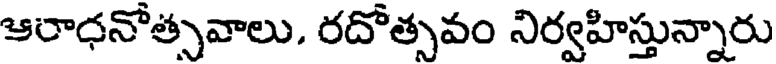
ఆరాధనోత్సవాలు. రదోత్సవం నిర్వహిస్తున్నారు